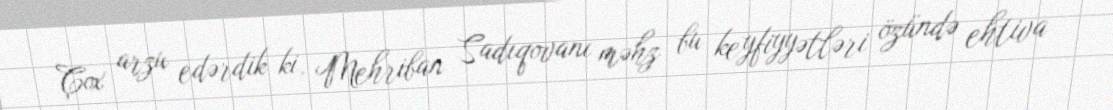
Çox arzu edərdik ki, Mehriban Sadıqovanı məhz bu keyfiyyətləri özündə ehtiva